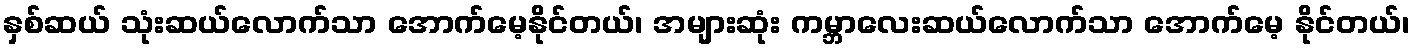
နှစ်ဆယ် သုံးဆယ်လောက်သာ အောက်မေ့နိုင်တယ်၊ အများဆုံး ကမ္ဘာလေးဆယ်လောက်သာ အောက်မေ့ နိုင်တယ်၊